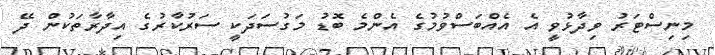
މިނިސްޓަރު ވިދާޅުވީ އެ އެއްބަސްވުމުގެ އެންމެ ބޮޑު މަގުސަދަކީ ސަރުކާރުގެ އިދާރާތަކުން ދޭ